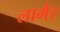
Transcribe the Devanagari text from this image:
लामैर